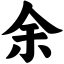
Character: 余